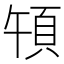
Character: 𩑤